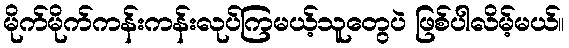
မိုက်မိုက်ကန်းကန်းလုပ်ကြမယ့်သူတွေပဲ ဖြစ်ပါလိမ့်မယ်။